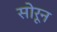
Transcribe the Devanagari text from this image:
सोरून